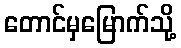
တောင်မှမြောက်သို့